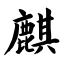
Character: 麒